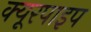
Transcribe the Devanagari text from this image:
क्‍यूरपाइप